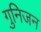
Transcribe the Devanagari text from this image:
गुनिजन